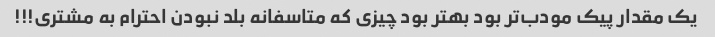
یک مقدار پیک مودب‌تر بود بهتر بود چیزی که متاسفانه بلد نبودن احترام به مشتری!!!